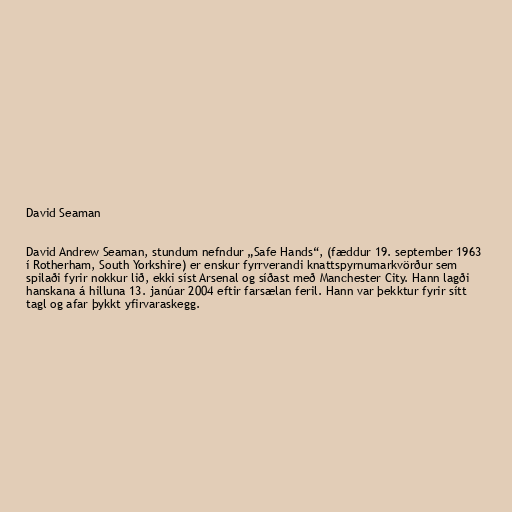
David Seaman

David Andrew Seaman, stundum nefndur „Safe Hands“, (fæddur 19. september 1963
í Rotherham, South Yorkshire) er enskur fyrrverandi knattspyrnumarkvörður sem
spilaði fyrir nokkur lið, ekki síst Arsenal og síðast með Manchester City. Hann lagði
hanskana á hilluna 13. janúar 2004 eftir farsælan feril. Hann var þekktur fyrir sítt
tagl og afar þykkt yfirvaraskegg.